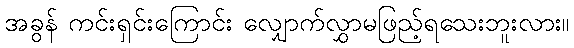
အခွန် ကင်းရှင်းကြောင်း လျှောက်လွှာမဖြည့်ရသေးဘူးလား။